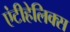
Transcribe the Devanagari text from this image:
एंटीहेलिक्स